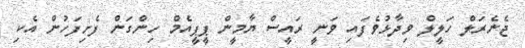
ޖެނެރަލް ހަލީލް ވިދާޅުވެފައި ވަނީ ރައީސް ޔާމީން ޕީޕީއެމް ހިންގަން ފެށިފަހުން އެކި